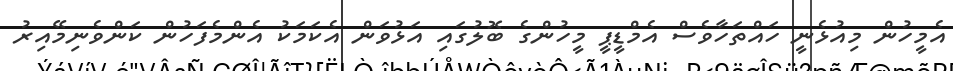
އެމީހުން މިއުޅެނީ ހައްތަހާވެސް އެމްޑީޕީ މީހުންގެ ބޮލުގައި އަޅުވަން އެކަމަކު އެންމެފަހުން ކަންވެނިމޭއިރު